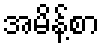
အမိန့်စာ